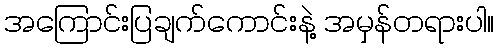
အကြောင်းပြချက်ကောင်းနဲ့ အမှန်တရားပါ။